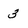
Character: 3